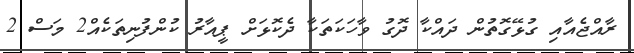
ރާއްޖެއާއި ގުޅޭގޮތުން ދައްކާ ދޮގު ވާހަކަތަކާ ދެކޮޅަށް ޕީއާރު ކުންފުނިތަކެއް2 މަސް 2